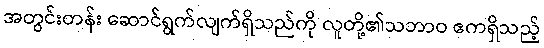
အတွင်းတန်း ဆောင်ရွက်လျက်ရှိသည်ကို လူတို့၏သဘာဝ ဧကရှိသည့်